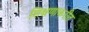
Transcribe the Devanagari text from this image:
शिक्षणाकरीत